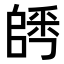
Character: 𨺀